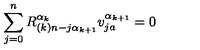
\sum _ { j = 0 } ^ { n } R _ { ( k ) n - j \alpha _ { k + 1 } } ^ { \alpha _ { k } } v _ { j a } ^ { \alpha _ { k + 1 } } = 0